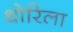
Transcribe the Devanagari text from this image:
थोरिला